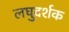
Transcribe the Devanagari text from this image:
लघुदर्शक